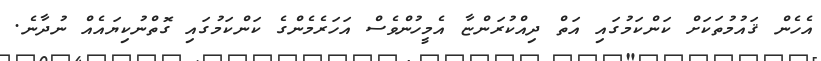
އެހެން ޤައުމުތަކަށް ކަންކަމުގައި އަތް ދިއްކުރަންޏާ އެމީހުންވެސް އަހަރެމެންގެ ކަންކަމުގައި ގޮތްނުކިޔައެއް ނުދާނެ.